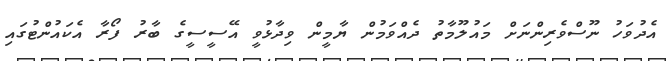
އެދުވަހު ނޫސްވެރިންނަށް މައުލޫމާތު ދެއްވަމުން ޔާމީން ވިދާޅުވީ އޭސީސީގެ ބާރު ފޯރާ އެކައުންޓުގައި